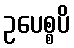
ဥပေစ္စပိ